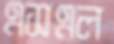
এসএল